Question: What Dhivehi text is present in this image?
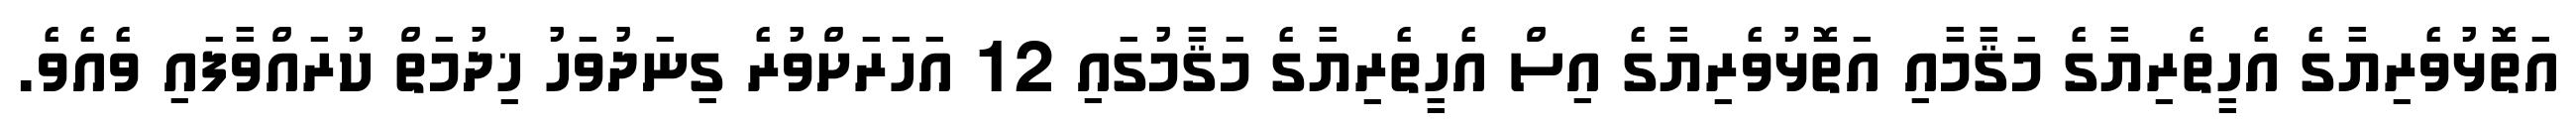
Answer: އަތޮޅުވެރިޔާގެ އެހީތެރިޔާގެ މަޤާމާއި އަތޮޅުވެރިޔާގެ އިސް އެހީތެރިޔާގެ މަޤާމުގައި 12 އަހަރަށްވުރެ ގިނަދުވަހު ޚިދުމަތް ކުރައްވާފައި ވެއެވެ.